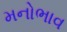
મનોભાવ